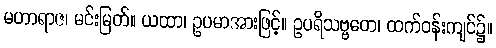
မဟာရာဇ၊ မင်းမြတ်။ ယထာ၊ ဥပမာအားဖြင့်။ ဥပရိသဗ္ဗတေ၊ ထက်ဝန်းကျင်၌။